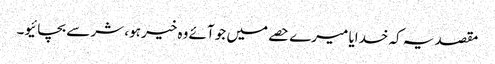
مقصد یہ کہ خدایا میرے حصے میں جو آئے وہ خیر ہو، شر سے بچائیو۔